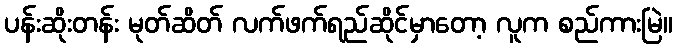
ပန်းဆိုးတန်း မုတ်ဆိတ် လက်ဖက်ရည်ဆိုင်မှာတော့ လူက စည်ကားမြဲ။